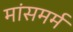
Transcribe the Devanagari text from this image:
मांसमर्म